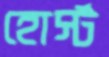
হোর্স্ট